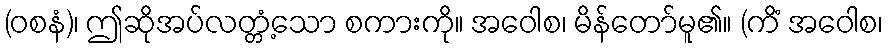
(ဝစနံ)၊ ဤဆိုအပ်လတ္တံ့သော စကားကို။ အဝေါစ၊ မိန်တော်မူ၏။ (ကိံ အဝေါစ၊